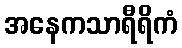
အနေကသာရီရိကံ